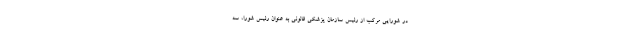
در شورایی مرکب از رئیس سازمان پزشکی قانونی به عنوان رئیس شورا، سه